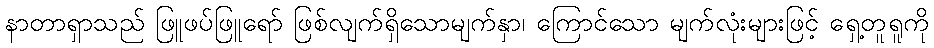
နာတာရှာသည် ဖြူဖပ်ဖြူရော် ဖြစ်လျက်ရှိသောမျက်နှာ၊ ကြောင်သော မျက်လုံးများဖြင့် ရှေ့တူရူကို